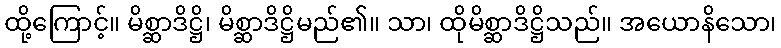
ထို့ကြောင့်။ မိစ္ဆာဒိဋ္ဌိ၊ မိစ္ဆာဒိဋ္ဌိမည်၏။ သာ၊ ထိုမိစ္ဆာဒိဋ္ဌိသည်။ အယောနိသော၊